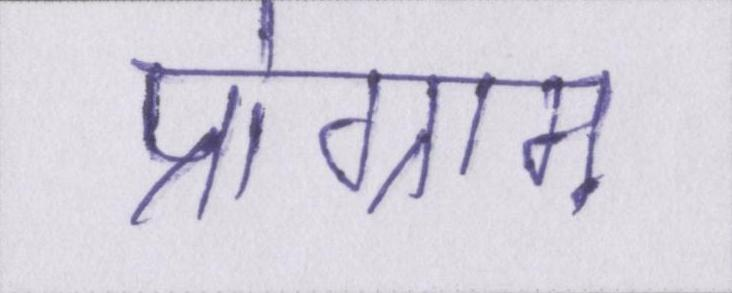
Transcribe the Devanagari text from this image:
प्रोग्राम